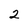
Character: 2